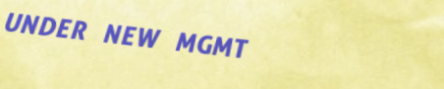
UNDER NEW MGMT